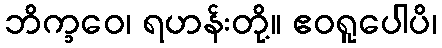
ဘိက္ခဝေ၊ ရဟန်းတို့။ ဧဝရူပေါပိ၊